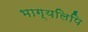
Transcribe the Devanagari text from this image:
भाग्यलिपि